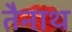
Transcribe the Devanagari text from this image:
तैनाथ